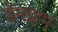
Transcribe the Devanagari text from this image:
हेमप्रभ